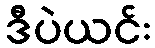
ဒီပဲယင်း